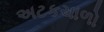
અટકચાળો